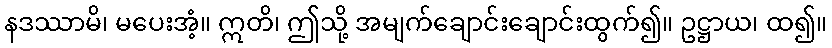
နဒဿာမိ၊ မပေးအံ့။ ဣတိ၊ ဤသို့ အမျက်ချောင်းချောင်းထွက်၍။ ဥဋ္ဌာယ၊ ထ၍။